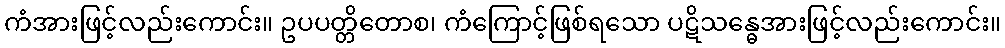
ကံအားဖြင့်လည်းကောင်း။ ဥပပတ္တိတောစ၊ ကံကြောင့်ဖြစ်ရသော ပဋိသန္ဓေအားဖြင့်လည်းကောင်း။